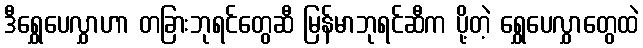
ဒီရွှေပေလွှာဟာ တခြားဘုရင်တွေဆီ မြန်မာဘုရင်ဆီက ပို့တဲ့ ရွှေပေလွှာတွေထဲ